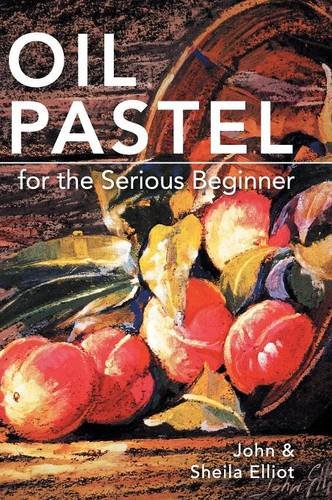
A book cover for Oil Pastel for the Serious Beginner: Basic Lessons in Becoming a Good Painter; John Elliot; Arts & Photography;